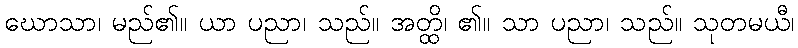
ဃောသာ၊ မည်၏။ ယာ ပညာ၊ သည်။ အတ္ထိ၊ ၏။ သာ ပညာ၊ သည်။ သုတမယီ၊